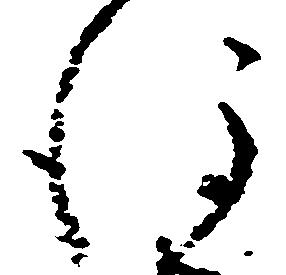
後